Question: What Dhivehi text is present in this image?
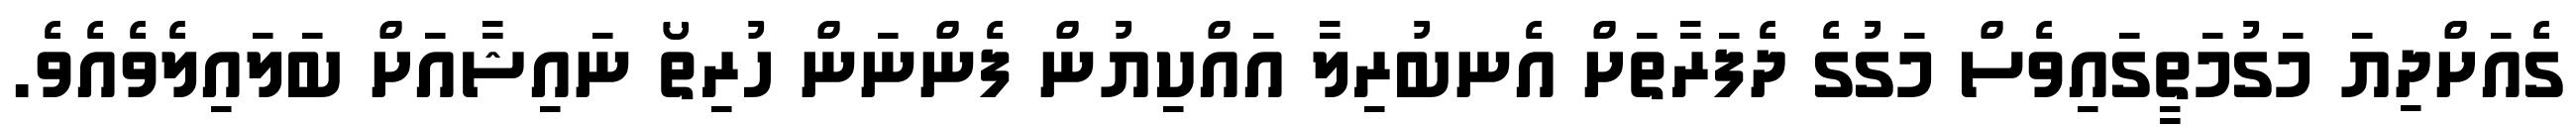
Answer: ގެއަށްދިޔަ މަގުމަތީގައިވެސް މަގުގެ ދެފަރާތަށް އެނބުރިލާ އައްކިޔުން ފެންނަން ހުރިތޯ ނައިޝާއަށް ބަލައިލެވެއެވެ.